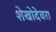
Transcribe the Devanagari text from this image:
शेखोदेवरा